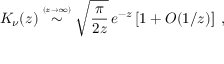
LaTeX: K _ { \nu } ( z ) \stackrel { \scriptscriptstyle ( z \rightarrow \infty ) } { \sim } \sqrt { \frac { \pi } { 2 z } } \, e ^ { - z } \left[ 1 + O ( 1 / z ) \right] \; ,